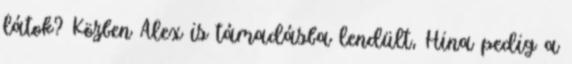
látok? Közben Alex is támadásba lendült, Hina pedig a